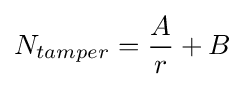
N_{tamper}={\frac {A}{r}}+B